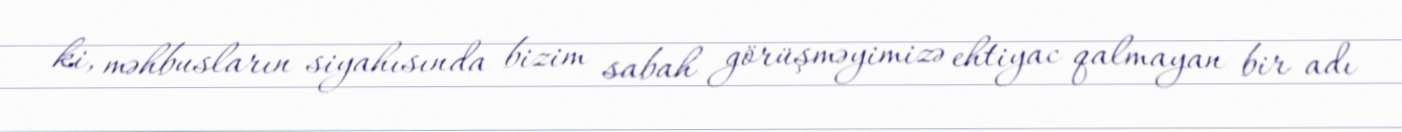
ki, məhbusların siyahısında bizim sabah görüşməyimizə ehtiyac qalmayan bir adı